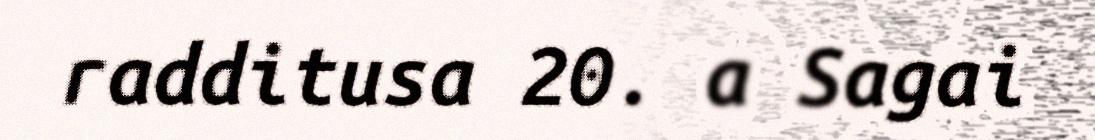
radditusa 20. a Sagai